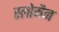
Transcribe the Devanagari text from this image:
स्लोमैन